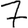
Digit: 7